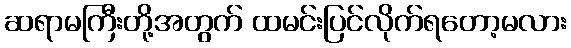
ဆရာမကြီးတို့အတွက် ထမင်းပြင်လိုက်ရတော့မလား